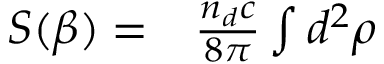
\begin{array} { r l } { S ( \beta ) = } & { { } \frac { n _ { d } c } { 8 \pi } \int d ^ { 2 } \boldsymbol { \rho } } \end{array}